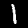
Digit: 1